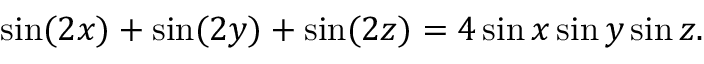
\sin ( 2 x ) + \sin ( 2 y ) + \sin ( 2 z ) = 4 \sin x \sin y \sin z .